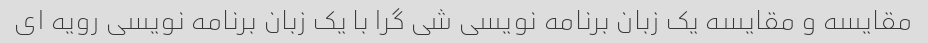
مقایسه و مقایسه یک زبان برنامه نویسی شی گرا با یک زبان برنامه نویسی رویه ای